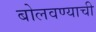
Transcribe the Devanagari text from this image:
बोलवण्याची